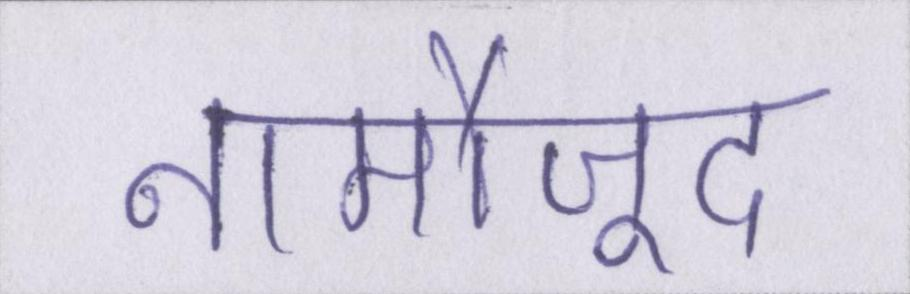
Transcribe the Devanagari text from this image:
नामौजूद